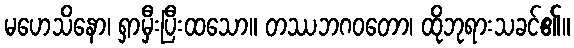
မဟေသိနော၊ ရှာမှီးပြီးထသော။ တဿဘဂဝတော၊ ထိုဘုရားသခင်၏။